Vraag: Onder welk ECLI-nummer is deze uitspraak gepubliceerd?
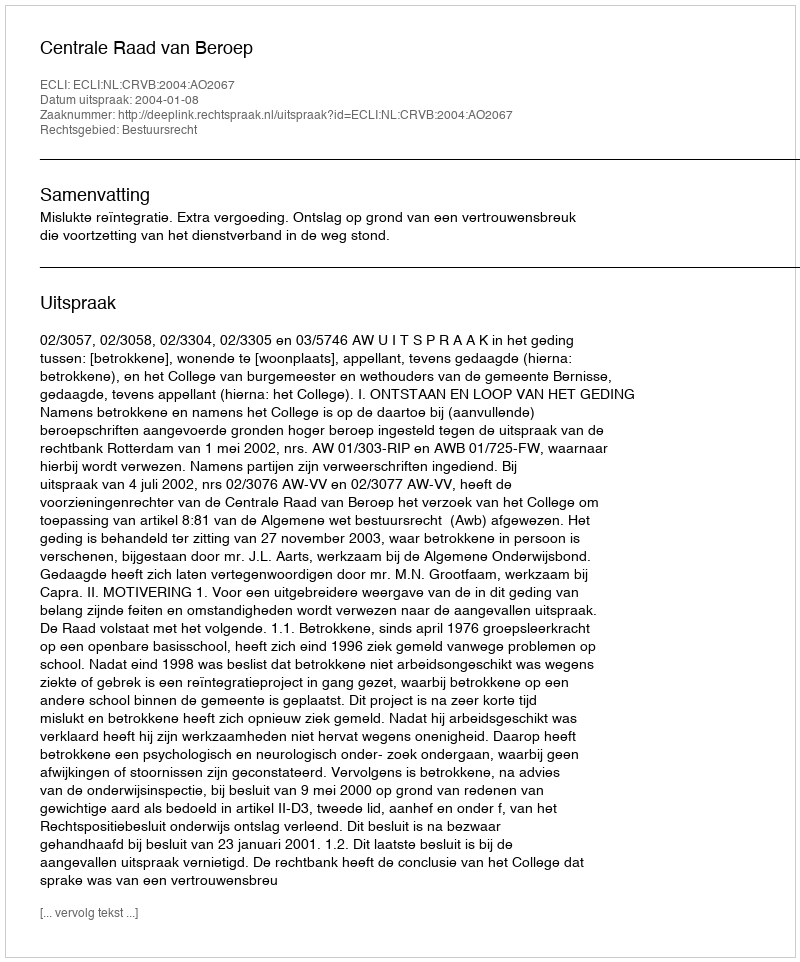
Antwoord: ECLI:NL:CRVB:2004:AO2067